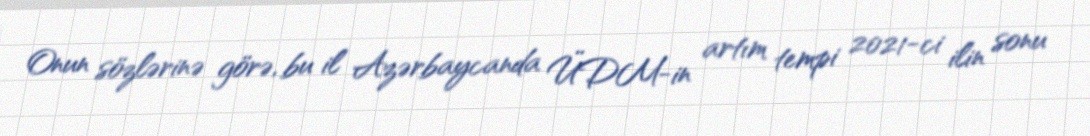
Onun sözlərinə görə, bu il Azərbaycanda ÜDM-in artım tempi 2021-ci ilin sonu